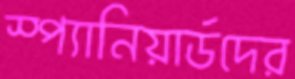
স্প্যানিয়ার্ডদের